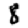
Digit: 8